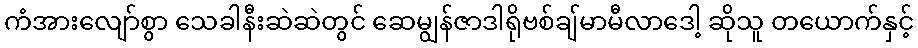
ကံအားလျော်စွာ သေခါနီးဆဲဆဲတွင် ဆေမျွန်ဇာဒါရိုဗစ်ချ်မာမီလာဒေါ့ ဆိုသူ တယောက်နှင့်